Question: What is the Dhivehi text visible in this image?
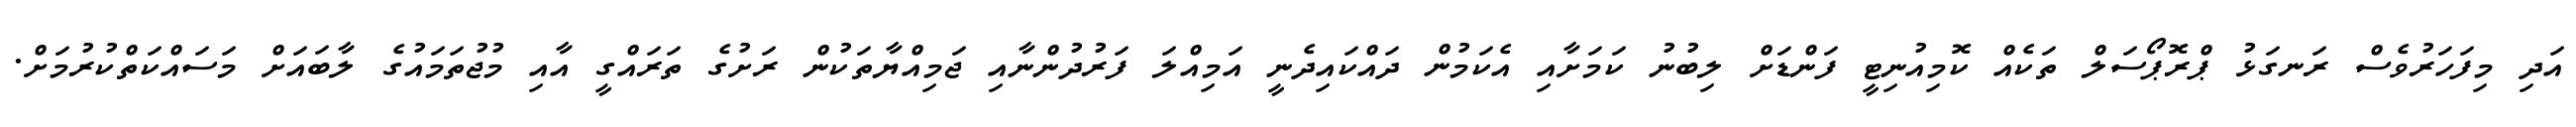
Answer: އަދި މިފަހަރުވެސް ރަނގަޅު ޕްރޮޕޯސަލް ތަކެއް ކޮމިއުނިޓީ ފަންޑަށް ލިބުނު ކަމަށާއި އެކަމުން ދައްކައިދެނީ އަމިއްލަ ފަރުދުންނާއި ޖަމިއްޔާތަކުން ރަށުގެ ތަރައްގީ އާއި މުޖުތަމައުގެ ލާބައަށް މަސައްކަތްކުރުމަށް.